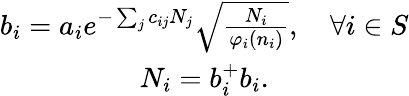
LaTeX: \begin{array}{c}{{b_{i}=a_{i}e^{-\sum_{j}c_{ij}N_{j}}\sqrt{\frac{N_{i}}{\varphi_{i}(n_{i})}},\quad\forall i\in S}}\\ {{N_{i}=b_{i}^{+}b_{i}.}}\end{array}